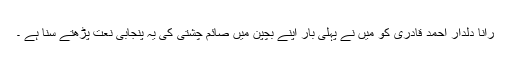
رانا دلدار احمد قادری کو میں نے پہلی بار اپنے بچپن میں صائم چشتی کی یہ پنجابی نعت پڑھتے سنا ہے ۔